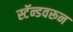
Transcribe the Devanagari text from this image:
स्टॅन्डवरून